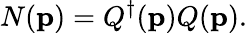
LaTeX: N({\mathbf p})=Q^{\dagger}({\mathbf p})Q({\mathbf p}).